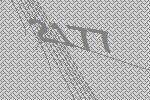
2177